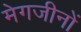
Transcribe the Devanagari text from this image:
मेगजीनों